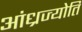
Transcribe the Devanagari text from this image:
आंध्रज्योति